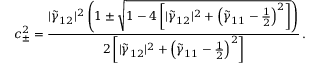
c _ { \pm } ^ { 2 } = \frac { | \tilde { \gamma } _ { 1 2 } | ^ { 2 } \left( 1 \pm \sqrt { 1 - 4 \left[ | \tilde { \gamma } _ { 1 2 } | ^ { 2 } + \left( \tilde { \gamma } _ { 1 1 } - \frac { 1 } { 2 } \right) ^ { 2 } \right] } \right) } { 2 \left[ | \tilde { \gamma } _ { 1 2 } | ^ { 2 } + \left( \tilde { \gamma } _ { 1 1 } - \frac { 1 } { 2 } \right) ^ { 2 } \right] } \, .